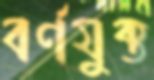
বর্ণযুক্ত